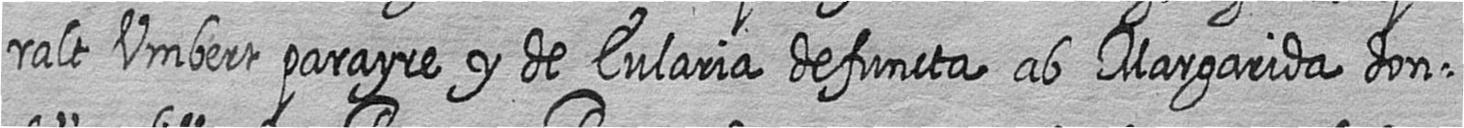
ralt Umbert parayre y de Eularia defuncta ab Margarida don=